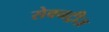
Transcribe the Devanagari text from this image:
सेवनट्रीज़